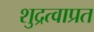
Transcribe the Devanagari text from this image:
शुद्रत्वाप्रत